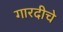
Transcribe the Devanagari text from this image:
गारदीचे